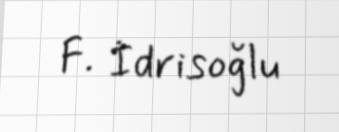
F. İdrisoğlu